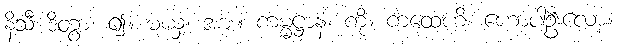
နိသီ ဒိတွာ၊ ၍။ မယှံ၊ အား။ ကမ္မဋ္ဌာနံ၊ ကို။ ကထေဟိ၊ ဟောပါဦးလော့။